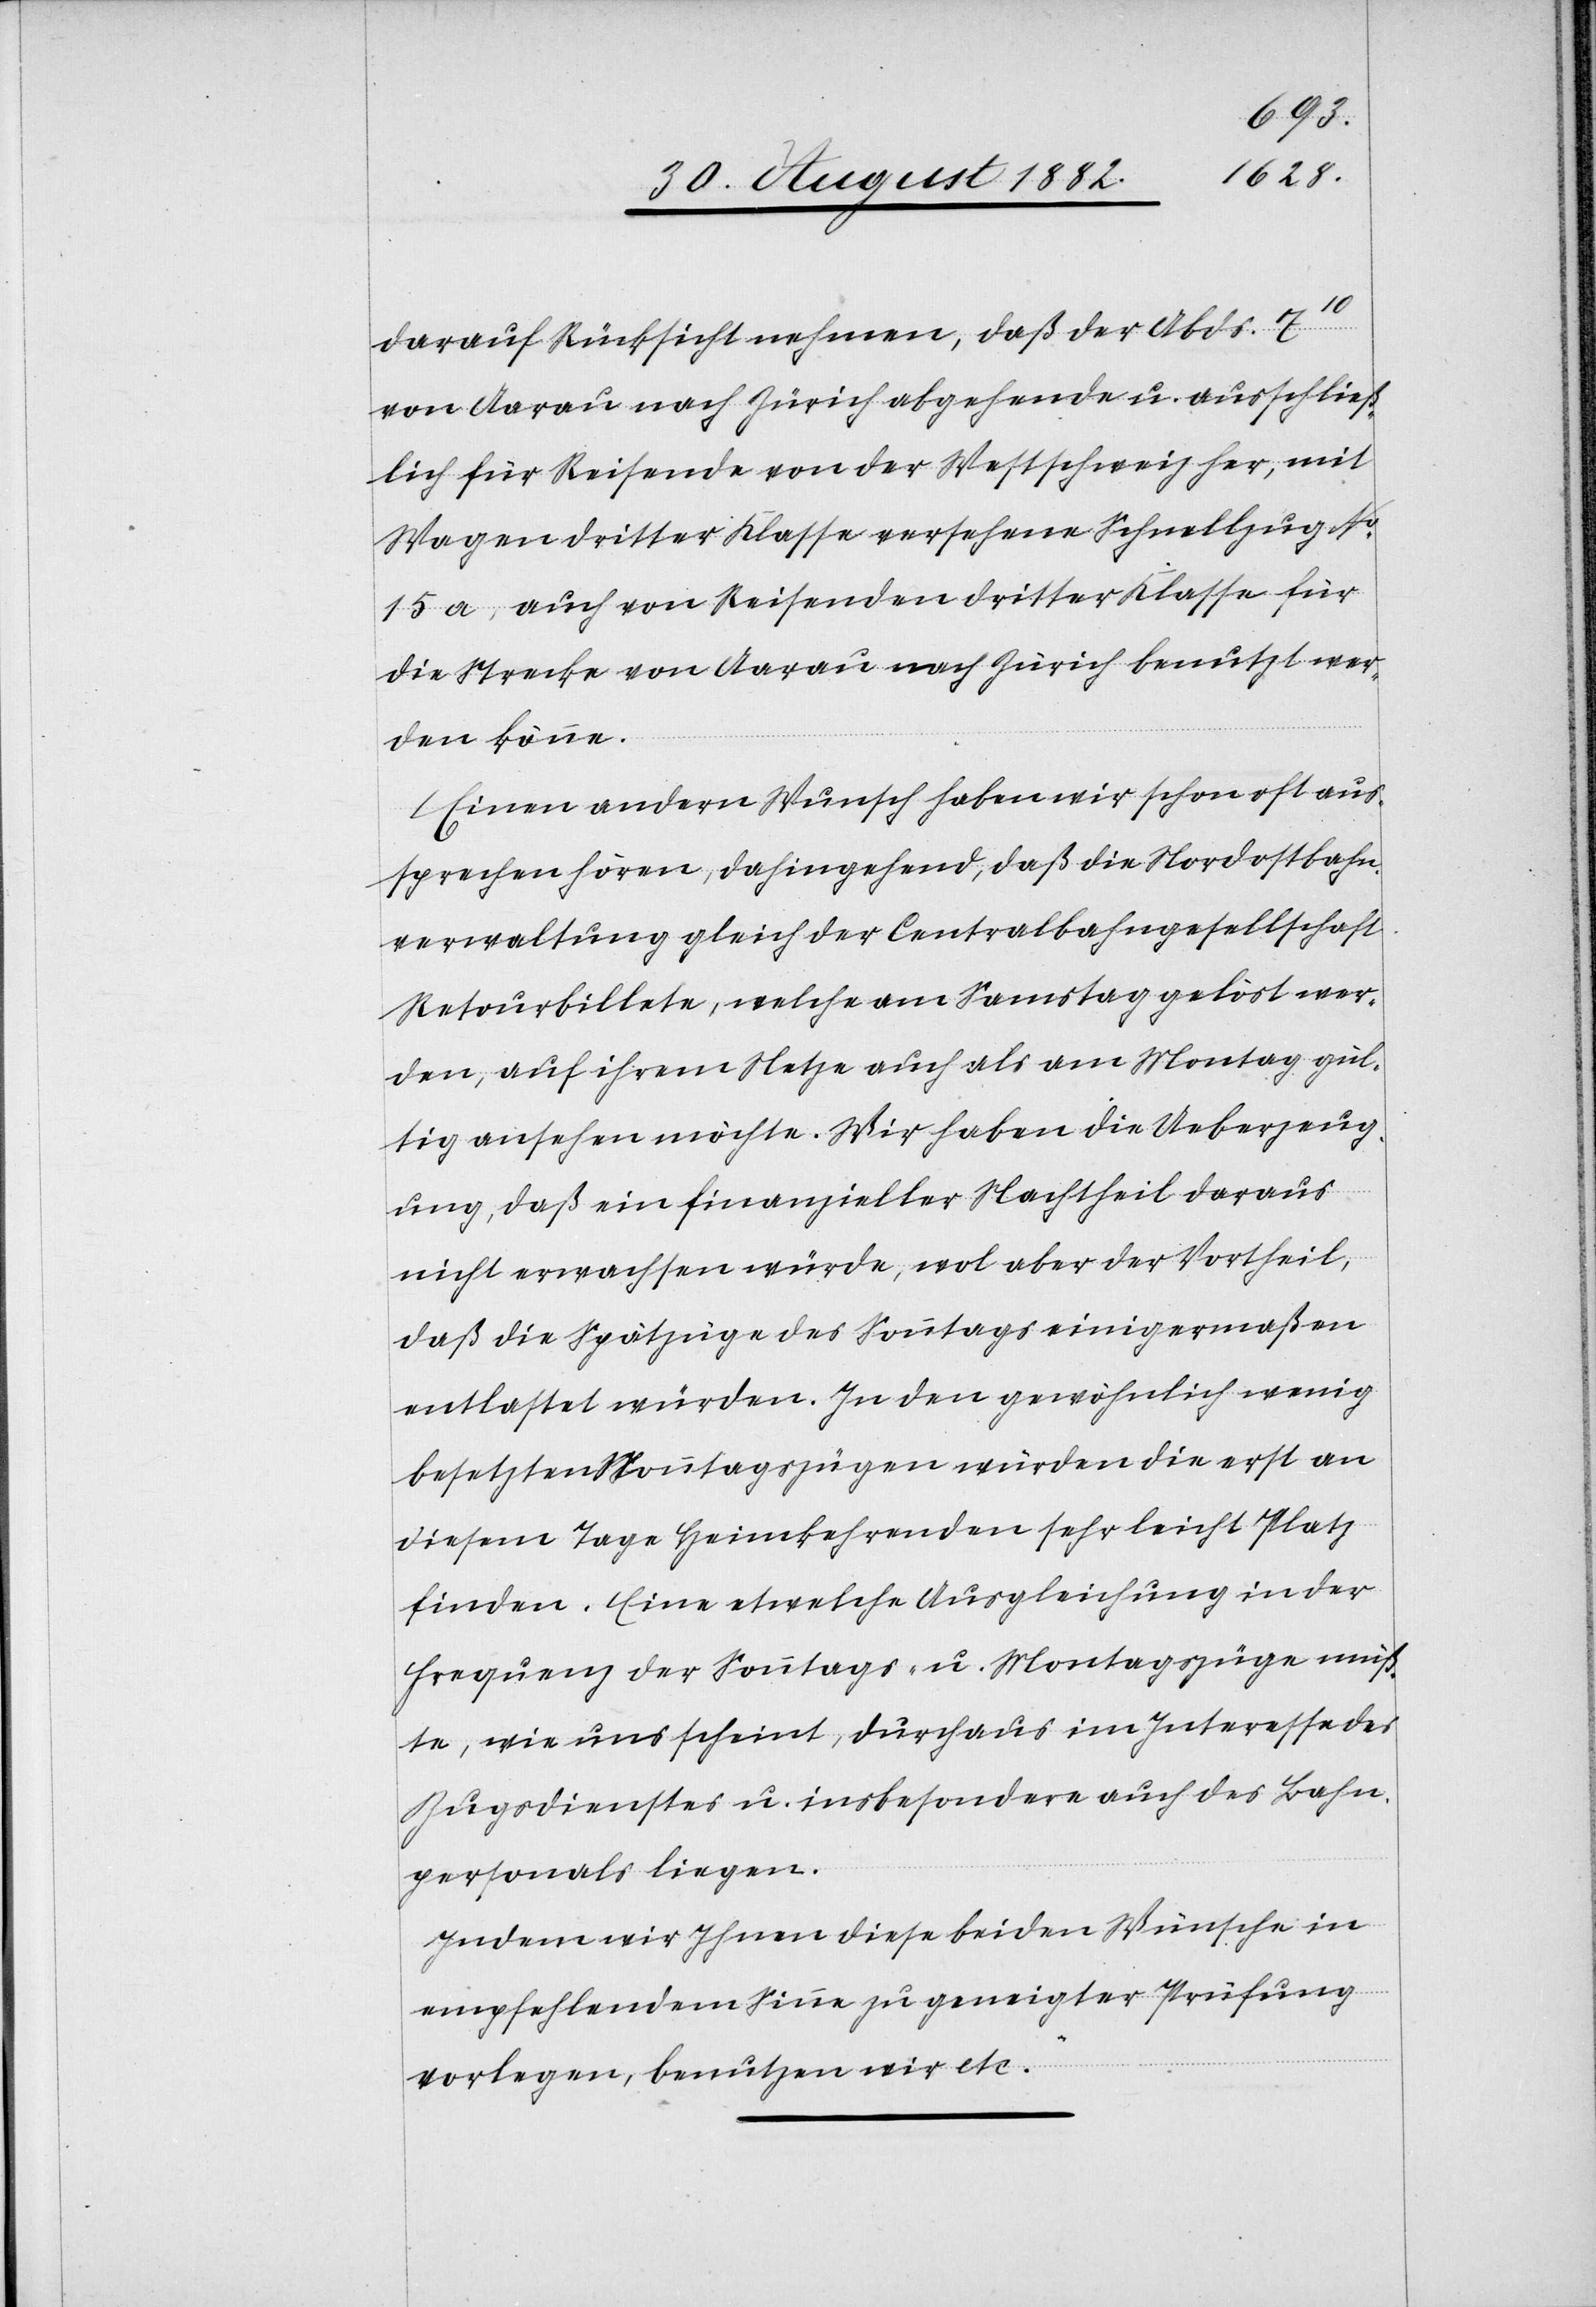
darauf Rücksicht nehmen, daß der Abds. 710
von Aarau nach Zürich abgehende u. ausschließ¬
lich für Reisende von der Westschweiz her, mit
Wagen dritter Klasse versehene Schnellzug No
15a, auch von Reisenden dritter Klasse für
die Strecke von Aarau nach Zürich benutzt wer¬
den könne.
Einen andern Wunsch haben wir schon oft aus¬
sprechen hören, dahingehend, daß die Nordostbahn¬
verwaltung gleich der Centralbahngesellschaft
Retourbillete, welche am Samstag gelöst wer¬
den, auf ihrem Netze auch als am Montag gül¬
tig ansehen möchte. Wir haben die Ueberzeug¬
ung, daß ein finanzieller Nachtheil daraus
nicht erwachsen würde, wol aber der Vortheil,
daß die Spätzüge des Sonntags einigermaßen
entlastet würden. In den gewöhnlich wenig
besetzten Montagszügen würden die erst an
diesem Tage Heimkehrenden sehr leicht Platz
finden. Eine etwelche Ausgleichung in der
Frequenz der Sonntags- u. Montagszüge müß¬
te, wie uns scheint, durchaus im Interesse des
Zugsdienstes u. insbesondere auch des Bahn¬
personals liegen.
Indem wir Ihnen diese beiden Wünsche in
empfehlendem Sinne zu geneigter Prüfung
vorlegen, benutzen wir etc.“